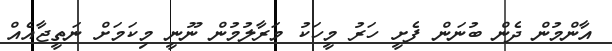
އާންމުން ދެން ބުނަން ފެށީ ހަރު މީހަކު މަރާލުމުން ނޫނީ މިކަމަށް ނަތީޖާއެއް